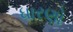
ધારણો